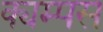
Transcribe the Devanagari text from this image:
क्यम्पस